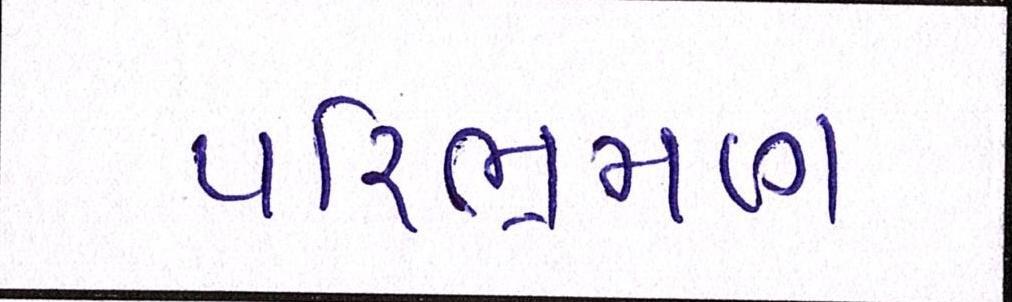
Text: પરિભ્રમણ